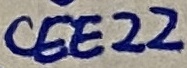
Text: CEE22